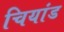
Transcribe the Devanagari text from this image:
चियांड